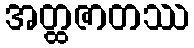
အတ္ထဇာတဿ